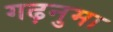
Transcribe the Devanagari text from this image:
गढ़नुमा